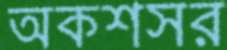
অকশসর